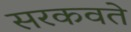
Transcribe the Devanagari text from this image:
सरकवते